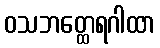
ဝသဘတ္ထေရဂါထာ